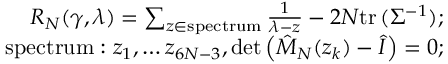
\begin{array} { r l r } & { } & { R _ { N } ( \gamma , \lambda ) = \sum _ { z \in \mathrm { s p e c t r u m } } \frac { 1 } { \lambda - z } - 2 N \mathrm { t r } \, ( \Sigma ^ { - 1 } ) ; } \\ & { } & { \mathrm { s p e c t r u m } : z _ { 1 } , \dots z _ { 6 N - 3 } , \operatorname* { d e t } \left( \hat { M } _ { N } ( z _ { k } ) - \hat { I } \right) = 0 ; } \end{array}